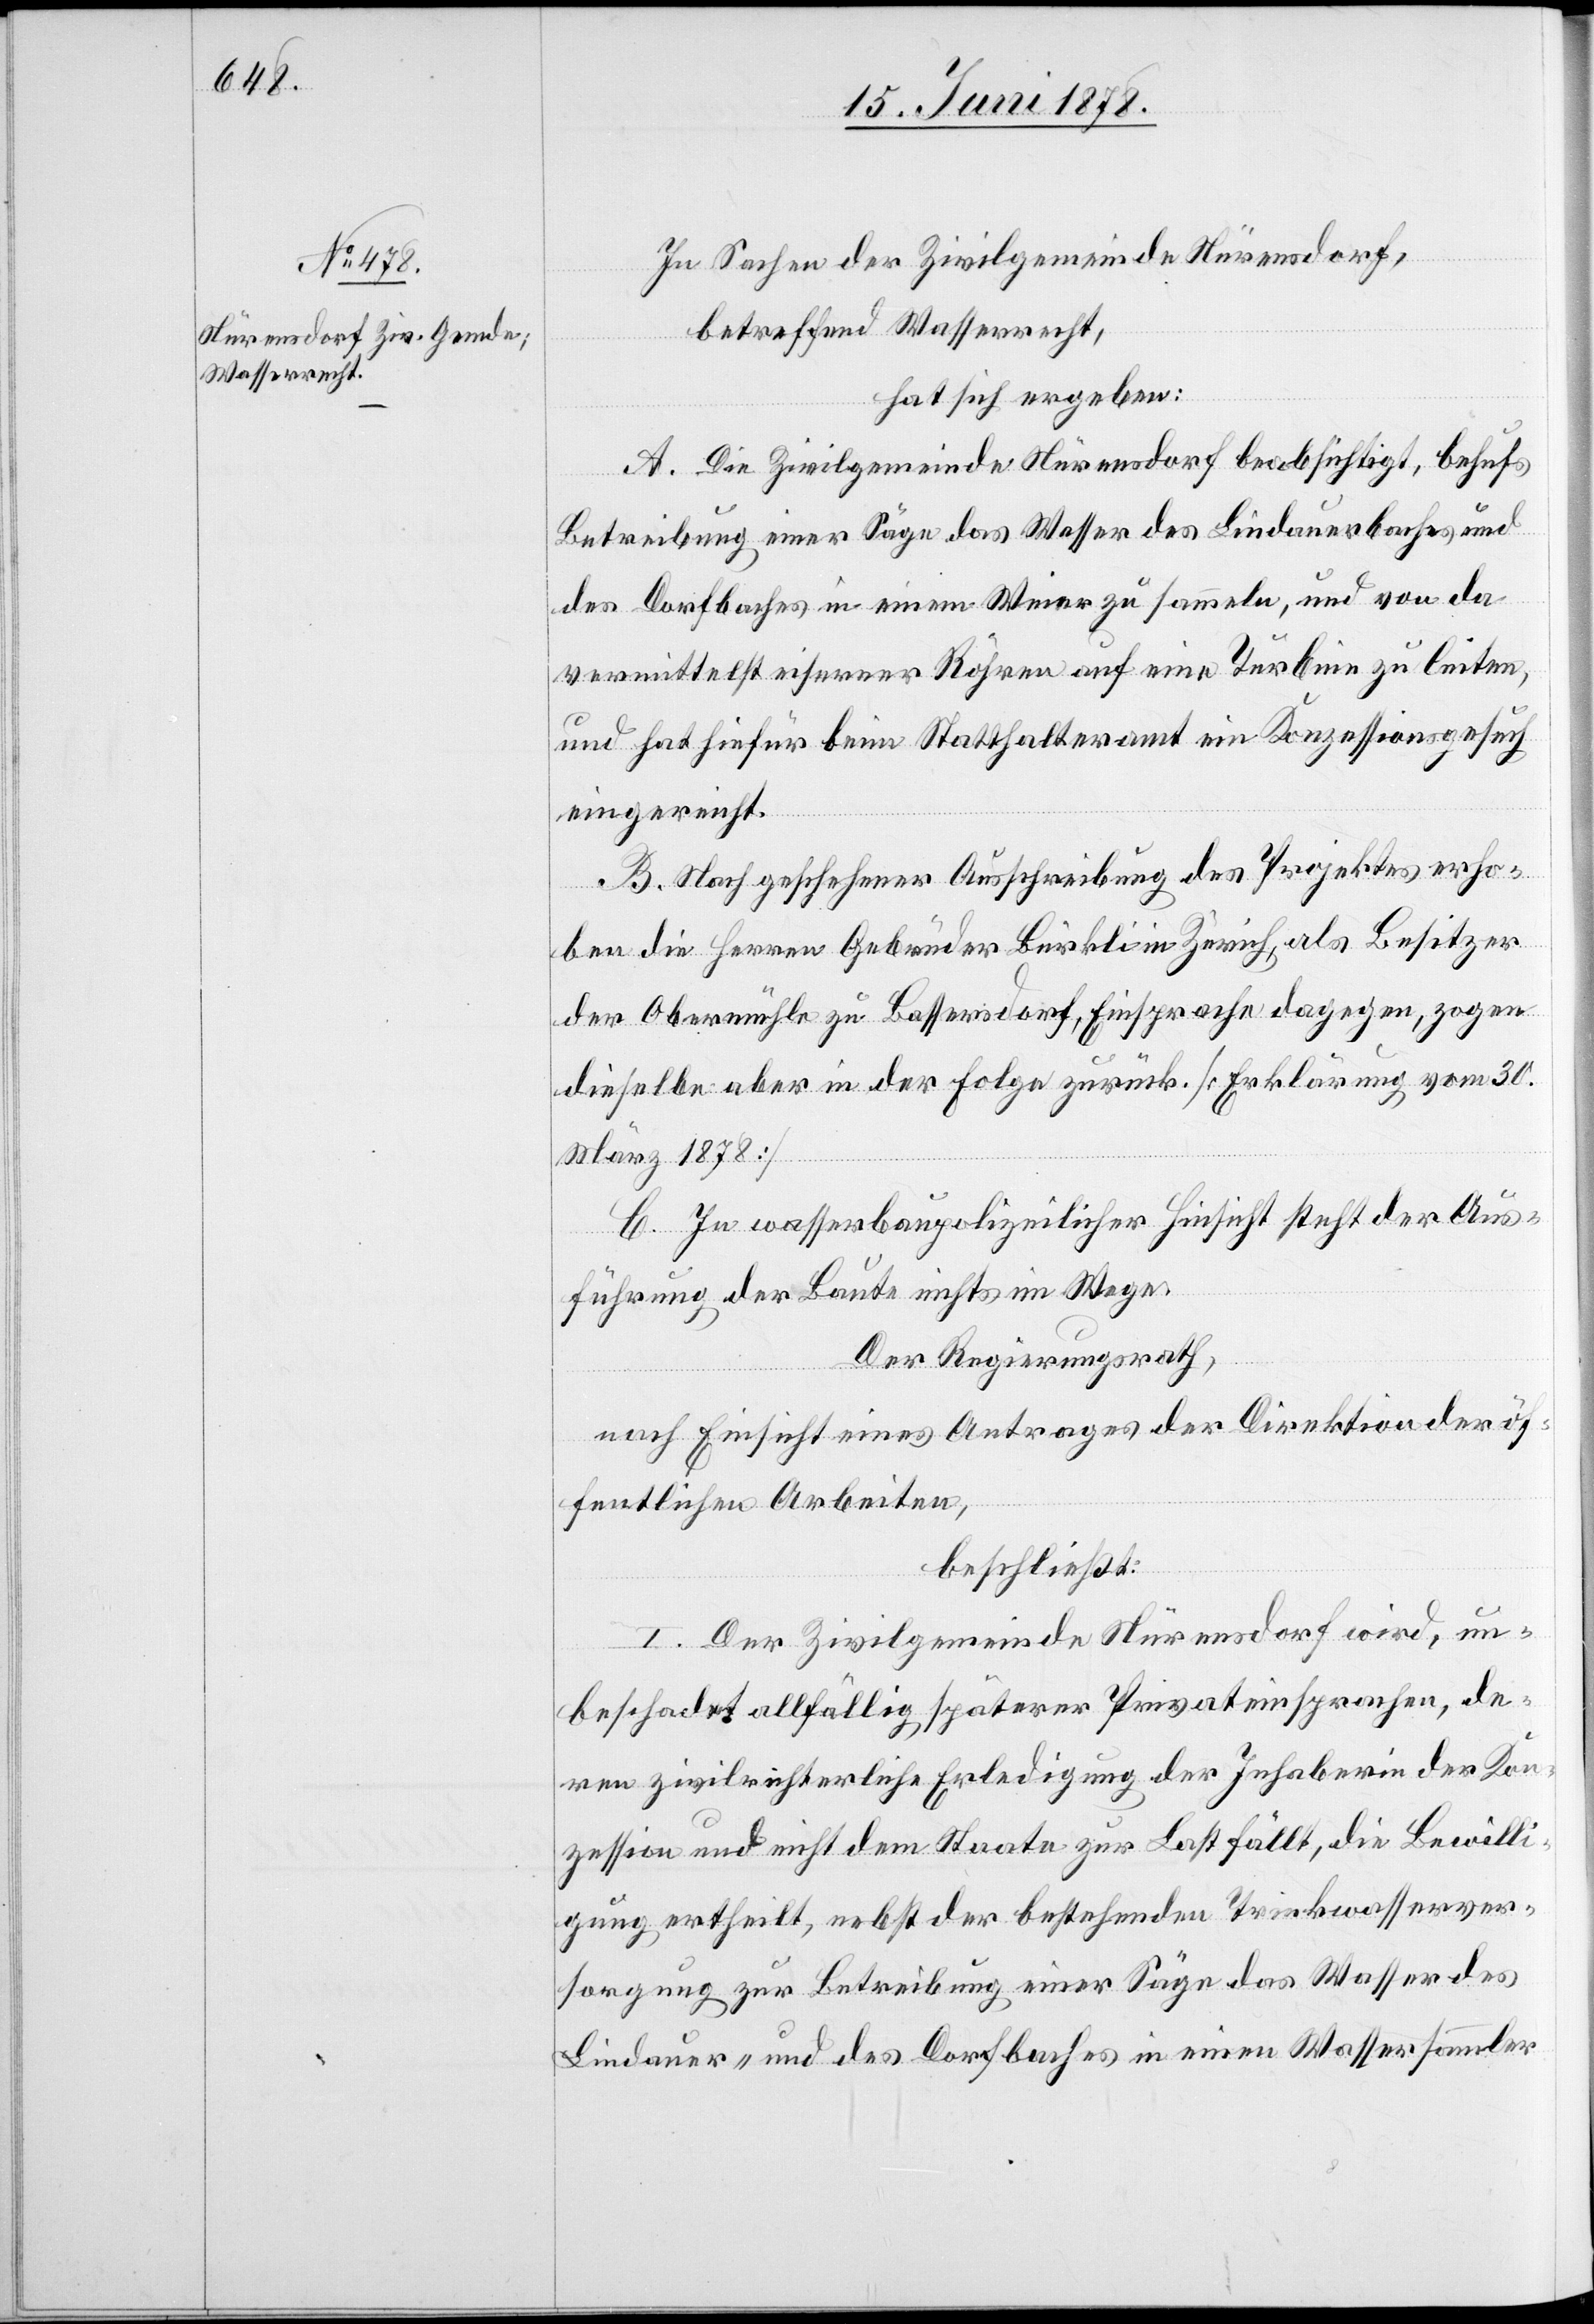
In Sachen der Zivilgemeinde Nürensdorf,
betreffend Wasserrecht,
hat sich ergeben:
A. Die Zivilgemeinde Nürensdorf beabsichtigt, behufs
Betreibung einer Säge das Wasser des Lindauerbaches und
des Dorfbaches in einem Weier zu sammeln, und von da
vermittelst eiserner Röhren auf eine Turbine zu leiten,
und hat hiefür beim Statthalteramt ein Konzessionsgesuch
eingereicht.
B. Nach geschehener Ausschreibung des Projektes erho¬
ben die Herren Gebrüder Bürkli in Zürich, als Besitzer
der Obermühle zu Bassersdorf, Einsprache dagegen, zogen
dieselbe aber in der Folge zurück. [Erklärung vom 30.
März 1878]
C. In wasserbaupolizeilicher Hinsicht steht der Aus¬
führung der Baute nichts im Wege.
Der Regierungsrath,
nach Einsicht eines Antrages der Direktion der öf¬
fentlichen Arbeiten,
beschließt:
I. Der Zivilgemeinde Nürensdorf wird, un¬
beschadet allfällig späterer Privateinsprachen, de¬
ren zivilrichterliche Erledigung der Inhaberin der Kon¬
zession und nicht dem Staate zur Last fällt, die Bewilli¬
gung ertheilt, nebst der bestehenden Trinkwasserver¬
sorgung zur Betreibung einer Säge das Wasser des
Lindauer- und des Dorfbaches in einen Wassersammler